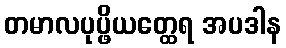
တမာလပုပ္ဖိယတ္ထေရ အပဒါန